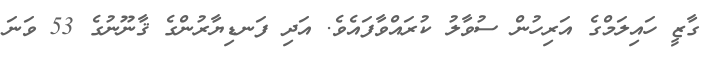
ގާޒީ ހައިލަމްގެ އަރިހުން ސުވާލު ކުރައްވާފައެވެ. އަދި ފަނޑިޔާރުންގެ ޤާނޫނުގެ 53 ވަނަ